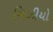
વિઝીયો